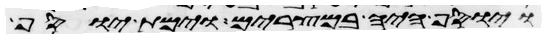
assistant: ויוסף היה במצרים וימת יוסף